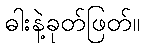
ဓါးနဲ့ခုတ်ဖြတ်။